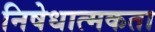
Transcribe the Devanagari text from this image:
निषेधात्मकता